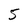
Character: 5